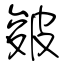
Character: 皴